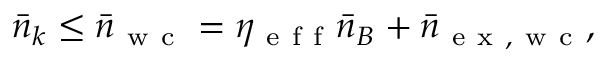
\bar { n } _ { k } \leq \bar { n } _ { \mathrm { ~ w ~ c ~ } } = \eta _ { \mathrm { ~ e ~ f ~ f ~ } } \bar { n } _ { B } + \bar { n } _ { \mathrm { ~ e ~ x ~ , ~ w ~ c ~ } } ,